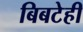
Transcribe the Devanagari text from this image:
बिबटेही